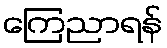
ကြေညာရန်